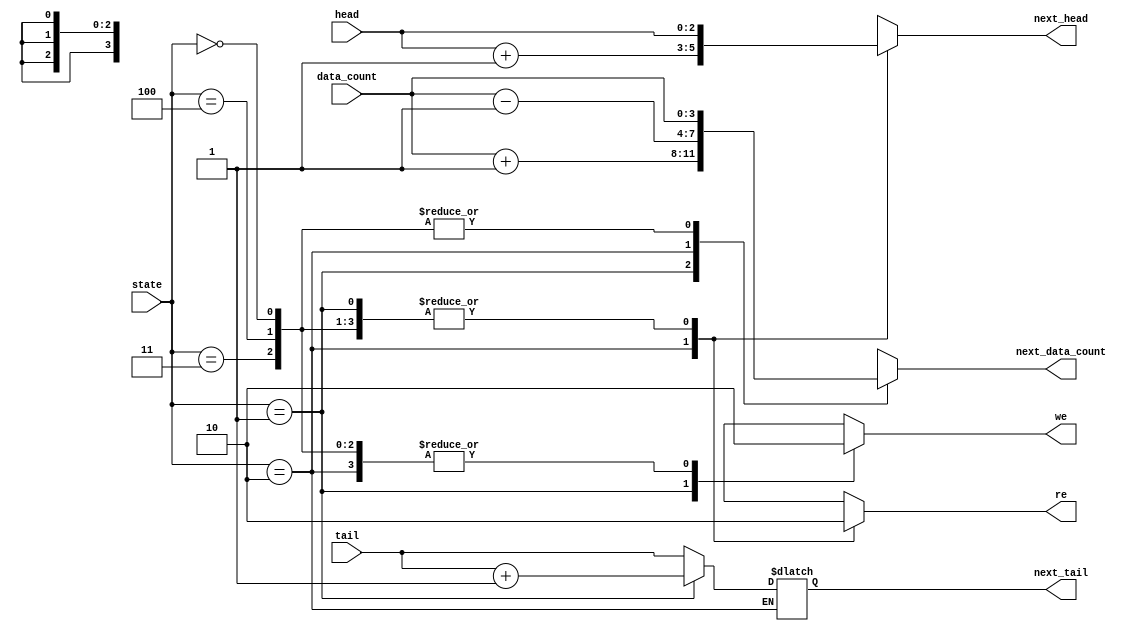
module fifo_cal(state, head, tail, data_count, we,re,next_head, next_tail, next_data_count); // fifo calculator
input [2:0] state, head, tail;	// current state, pointer
input [3:0] data_count;
output reg we, re;	// write enable, read enable
output reg [2:0] next_head, next_tail;
output reg [3:0] next_data_count;

// parameter setting
parameter INIT = 3'b000;
parameter WRITE = 3'b001;
parameter READ = 3'b010;
parameter WR_ERROR = 3'b011;
parameter RD_ERROR = 3'b100;

always @(state, data_count, head, tail)
begin
	case(state)
		INIT : // INIT state
		begin 
			next_data_count <= data_count;
			next_head <= head;
			next_tail <= tail;
			we <= 0;					// no operation
			re <= 0;
		end
		WRITE: // WRITE state 
		begin
			next_data_count <= data_count + 1'b1; // data count++
			next_head <= head;
			next_tail <= tail + 3'b001;	// tail pointer++
			we <= 1;							// write enable = 1
			re <= 0;
		end
		READ:	// READ state
		begin
			next_data_count <= data_count - 1'b1;	// data count-- 
			next_head <= head + 3'b001;					// head pointer++
			we <= 0;
			re <= 1;											// read enable = 1
		end
		WR_ERROR: // WR_ERROR state
		begin 
			next_data_count <= data_count;
			next_head <= head;
			next_tail <= tail;
			we <= 0;								// no operation
			re <= 0;
		end
		RD_ERROR:	// RD_ERROR state
		begin 
			next_data_count <= data_count;
			next_head <= head;
			next_tail <= tail;
			we <= 0;								// no operation
			re <= 0;
		end
		default	// state isn't IDLE, WRITE, WR_ERROR, READ, RD_ERROR
		begin
			next_data_count <=4'bx;
			next_head <= 3'bx;
			next_tail <= 3'bx;
			we <= 1'bx;
			re <= 1'bx; 	// all outputs are unknown
		end
	endcase
end
endmodule